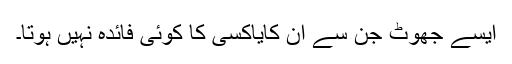
ایسے جھوٹ جن سے ان کایاکسی کا کوئی فائدہ نہیں ہوتا۔